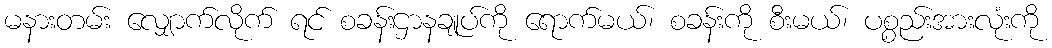
မနားတမ်း လျှောက်လိုက် ရင် စခန်းဌာနချုပ်ကို ရောက်မယ်၊ စခန်းကို စီးမယ်၊ ပစ္စည်းအားလုံးကို